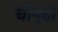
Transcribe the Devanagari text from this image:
चोन्दो